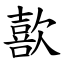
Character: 歖